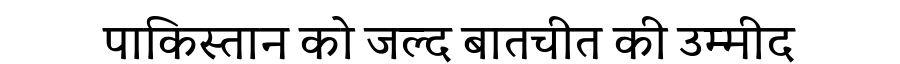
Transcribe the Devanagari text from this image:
पाकिस्तान को जल्द बातचीत की उम्मीद